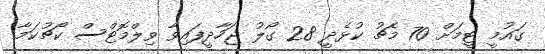
ގައުމީ ޓީމަށް 70 މެޗު ކުޅެދީ 28 ގޯލު ޖަހާދީފައިވާ ވިލްމޮޓްސް ކޯޗުކަމާ